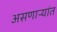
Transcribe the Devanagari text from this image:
असणाऱ्यांत